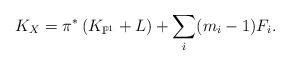
LaTeX: \begin{align*}K_{X} = \pi^*\left(K_{\mathbb{P}^1}+L\right) + \sum_{i} (m_i-1) F_i.\end{align*}